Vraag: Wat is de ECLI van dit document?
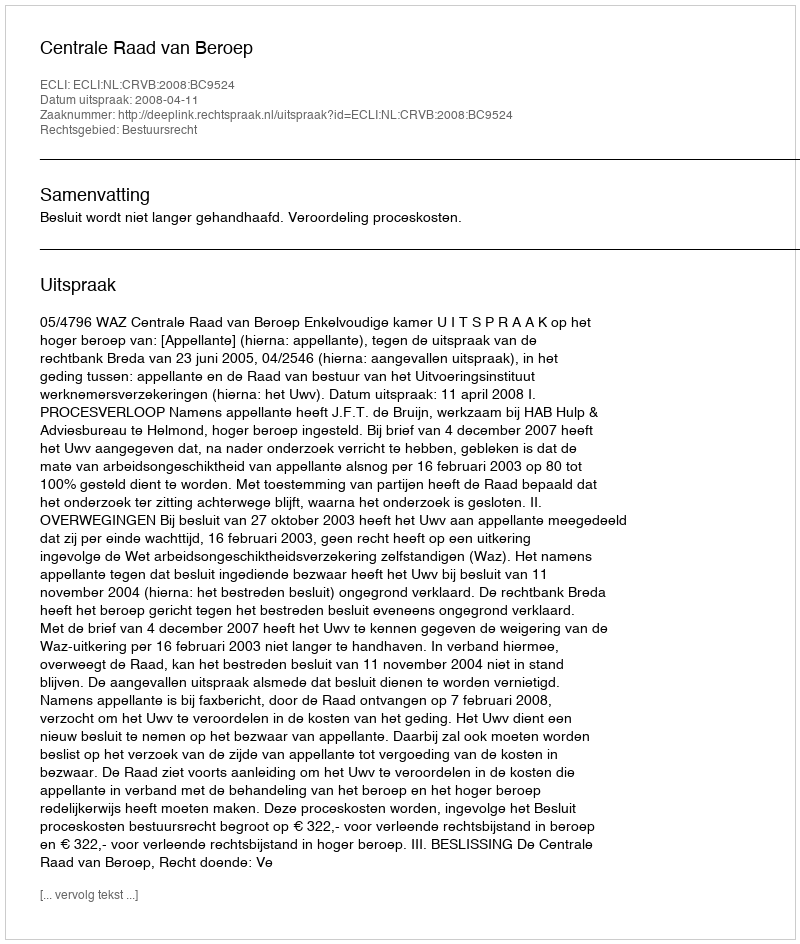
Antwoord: ECLI:NL:CRVB:2008:BC9524